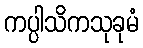
ကပ္ပါသိကသုခုမံ